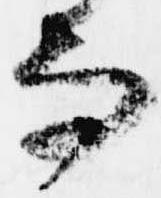
而